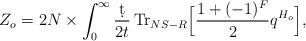
\begin{align*}Z_o = 2N\times \int_{0}^{\infty} \frac{\d t}{2t} \, \mbox{Tr}_{NS-R}\Big[\frac{1+(-1)^F}{2}q^{H_o}\Big],\end{align*}